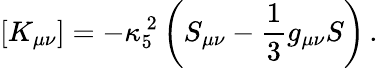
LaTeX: \left[K_{\mu\nu}\right]=-\kappa_{5}^{~2}\left(S_{\mu\nu}-{\frac{1}{3}}g_{\mu\nu}S\right)\, .